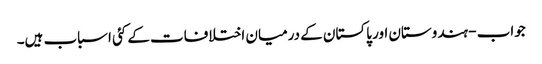
جواب - ہندوستان اور پاکستان کے درمیان اختلافات کے کئی اسباب ہیں۔